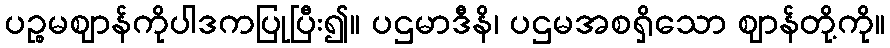
ပဉ္စမဈာန်ကိုပါဒကပြုပြီး၍။ ပဌမာဒီနိ၊ ပဌမအစရှိသော ဈာန်တို့ကို။